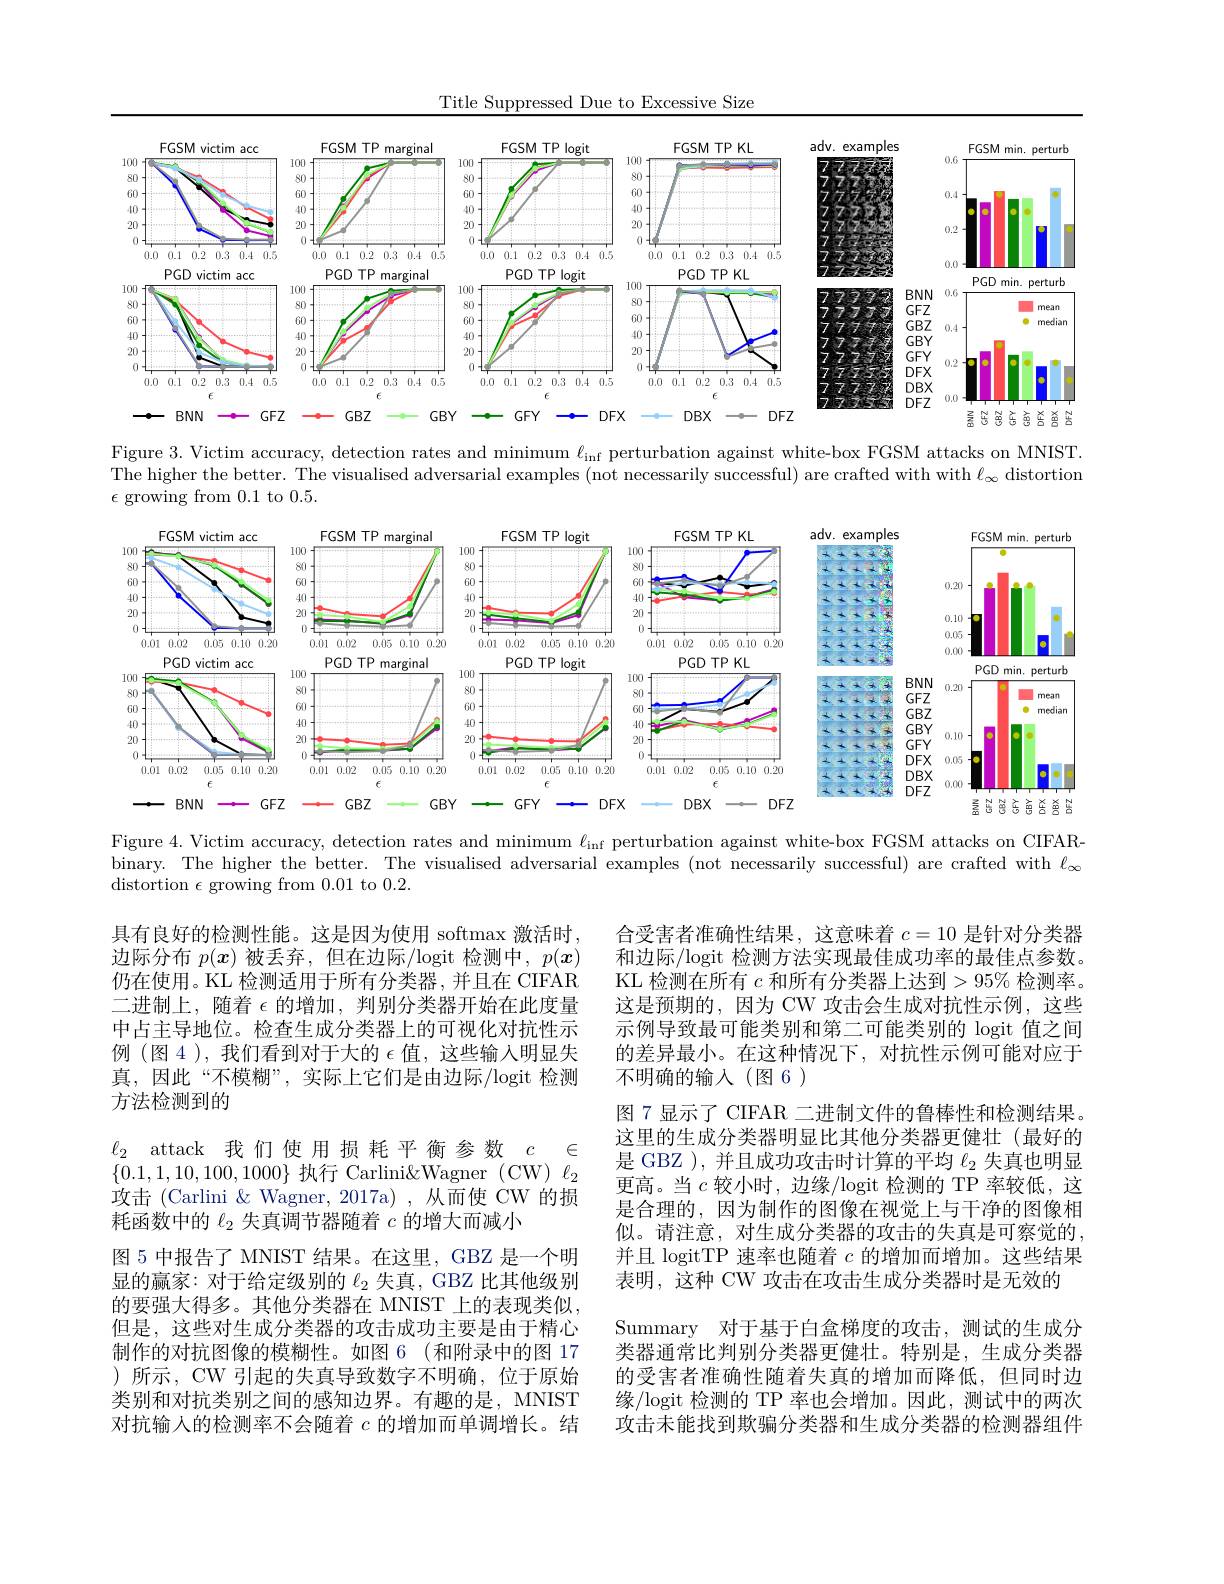
Title Suppressed Due to Excessive Size

<FigureHere>

Figure 3. Victim accuracy, detection rates and minimum $\ell_\mathrm{inf}$ perturbation against white-box FGSM attacks on MNIST. The higher the better. The visualised adversarial examples (not necessarily successful) are crafted with with $\ell_\infty$ distortiom $\epsilon$ growing from 0.1 to 0.5.

<FigureHere>

Figure 4. Victim accuracy, detection rates and minimum $\ell_\mathrm{inf}$ perturbation against white-box FGSM attacks on CIFARbinary. The higher the better. The visualised adversarial examples (not necessarily successful) are crafted with $\ell_\infty$ distortion $\epsilon$ growing from 0.01 to 0.2.

具有良好的检测性能。这是因为使用 softmax 激活时， 边际分布$p(x)$被丢弃，但在边际/logit 检测中，$p(\boldsymbol{x})$ 仍在使用。KL 检测适用于所有分类器，并且在 CIFAR 二进制上，随着$\epsilon$的增加，判别分类器开始在此度量中占主导地位。检查生成分类器上的可视化对抗性示例(图 4 ), 我们看到对于大的$\epsilon$值，这些输入明显失真，因此“不模糊”,实际上它们是由边际/logit 检测方法检测到的
$\ell _2$ attack 我们使用损耗平衡参数 $c$ $\in$ $\{0.1,1,10,100,1000\}$执行 Carlini&Wagner (CW) $\ell_2$ 攻击 (Carlini &Wagner, 2017a),从而使 CW 的损耗函数中的$\ell_2$失真调节器随着$c$的增大而减小
图 5 中报告了 MNIST 结果。在这里，GBZ 是一个明显的赢家：对于给定级别的$\ell_2$失真，GBZ 比其他级别的要强大得多。其他分类器在 MNIST 上的表现类似， 但是，这些对生成分类器的攻击成功主要是由于精心制作的对抗图像的模糊性。如图 6 (和附录中的图 17 )所示，CW 引起的失真导致数字不明确，位于原始类别和对抗类别之间的感知边界。有趣的是，MNIST 对抗输人的检测率不会随着$c$的增加而单调增长。结

合受害者准确性结果，这意味着$c=10$是针对分类器和边际/logit 检测方法实现最佳成功率的最佳点参数。KL 检测在所有$c$和所有分类器上达到$>95\%$检测率。这是预期的，因为 CW 攻击会生成对抗性示例，这些示例导致最可能类别和第二可能类别的 logit 值之间的差异最小。在这种情况下，对抗性示例可能对应于不明确的输入(图6)
图 7 显示了 CIFAR 二进制文件的鲁棒性和检测结果。这里的生成分类器明显比其他分类器更健壮(最好的是 GBZ ), 并且成功攻击时计算的平均$\ell_{2}$失真也明显更高。当$c$较小时，边缘/logit 检测的 TP 率较低，这是合理的，因为制作的图像在视觉上与干净的图像相似。请注意，对生成分类器的攻击的失真是可察觉的， 并且 logitTP 速率也随着$c$的增加而增加。这些结果表明，这种 CW 攻击在攻击生成分类器时是无效的
Summary 对于基于白盒梯度的攻击，测试的生成分类器通常比判别分类器更健壮。特别是，生成分类器的受害者准确性随着失真的增加而降低，但同时边缘/logit 检测的 TP 率也会增加。因此，测试中的两次攻击未能找到欺骗分类器和生成分类器的检测器组件